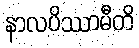
နာလပိဿာမီတိ